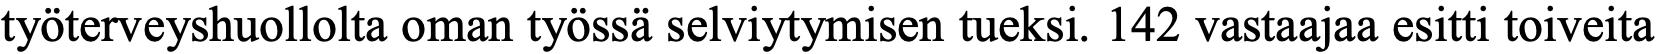
työterveyshuollolta oman työssä selviytymisen tueksi. 142 vastaajaa esitti toiveita